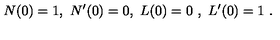
N ( 0 ) = 1 , \ N ^ { \prime } ( 0 ) = 0 , \ L ( 0 ) = 0 \ , \ L ^ { \prime } ( 0 ) = 1 \ .